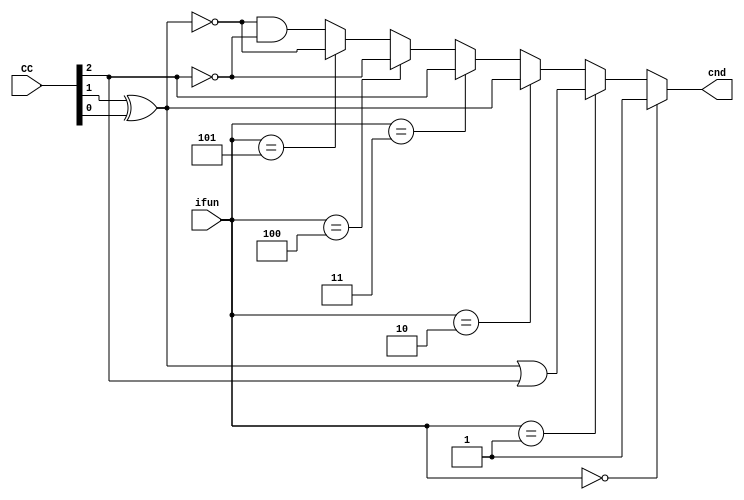
module cond(
    input [3:0] ifun,
    input [2:0] CC,
    output cnd
);

wire ZF = CC [2];
wire SF = CC [1];
wire OF = CC [0];

assign cnd = ifun == 0 ? 1 :
ifun == 1 ? (SF ^ OF) | ZF :
ifun == 2 ? SF ^ OF :
ifun == 3 ? ZF :
ifun == 4 ? ~ZF :
ifun == 5 ? ~(SF ^ OF) : ~(SF ^ OF) & ~ZF ;
endmodule